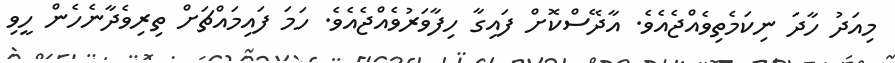
މިއަދު ހާދަ ނިކަމެތިވެއްޖެއެވެ. އާދޭސްކޮށް ފައިގާ ހިފާވަރުވެއްޖެއެވެ. ހަމަ ފައިމައްޗަށް ތިރިވެދާނެހެން ހީވި